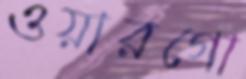
ওয়ারগো